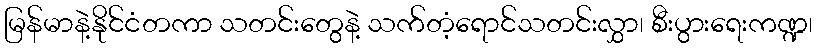
မြန်မာနဲ့နိုင်ငံတကာ သတင်းတွေနဲ့ သက်တံ့ရောင်သတင်းလွှာ၊ စီးပွားရေးကဏ္ဍ၊